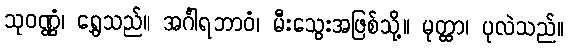
သုဝဏ္ဏံ၊ ရွှေသည်။ အင်္ဂါရဘာဝံ၊ မီးသွေးအဖြစ်သို့။ မုတ္ထာ၊ ပုလဲသည်။